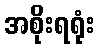
အစိုးရရုံး